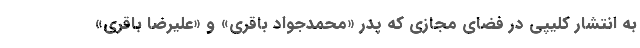
به انتشار کلیپی در فضای مجازی که پدر «محمدجواد باقری» و «علیرضا باقری»